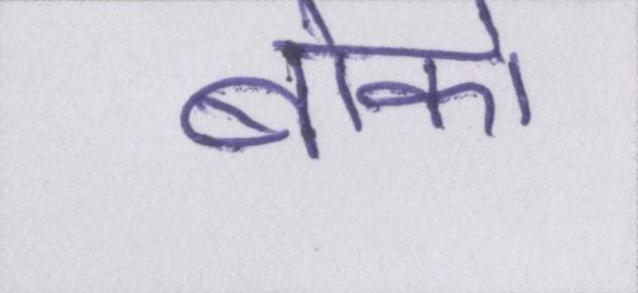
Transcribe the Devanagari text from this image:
बोको